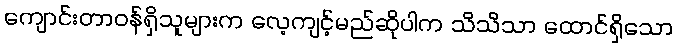
ကျောင်းတာဝန်ရှိသူများက လေ့ကျင့်မည်ဆိုပါက သိသိသာ ထောင်ရှိသော